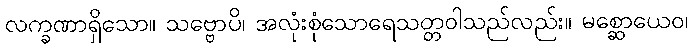
လက္ခဏာရှိသော။ သဗ္ဗောပိ၊ အလုံးစုံသောရေသတ္တဝါသည်လည်း။ မစ္ဆောယေဝ၊